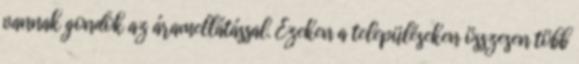
vannak gondok az áramellátással. Ezeken a településeken összesen több